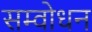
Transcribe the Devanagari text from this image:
सम्वोधन